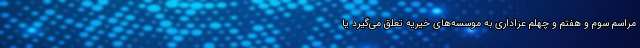
مراسم سوم و هفتم و چهلم عزاداری به موسسه‌های خیریه تعلق می‌گیرد یا